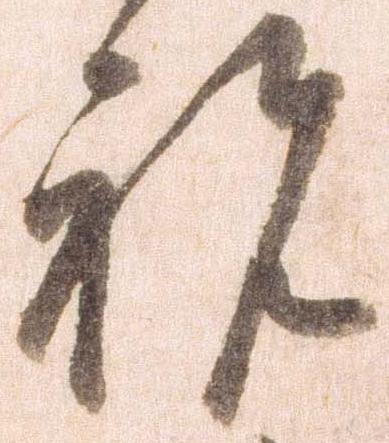
祝